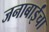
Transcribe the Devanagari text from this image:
जनाबाईंचा